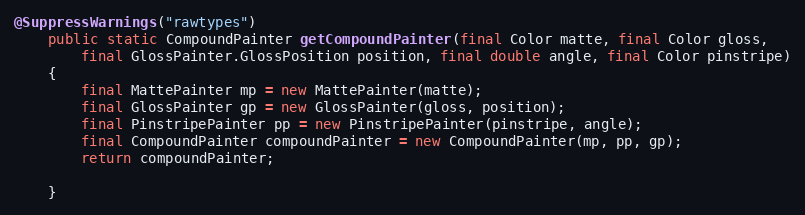
Language: Java
@SuppressWarnings("rawtypes")
	public static CompoundPainter getCompoundPainter(final Color matte, final Color gloss,
		final GlossPainter.GlossPosition position, final double angle, final Color pinstripe)
	{
		final MattePainter mp = new MattePainter(matte);
		final GlossPainter gp = new GlossPainter(gloss, position);
		final PinstripePainter pp = new PinstripePainter(pinstripe, angle);
		final CompoundPainter compoundPainter = new CompoundPainter(mp, pp, gp);
		return compoundPainter;

	}